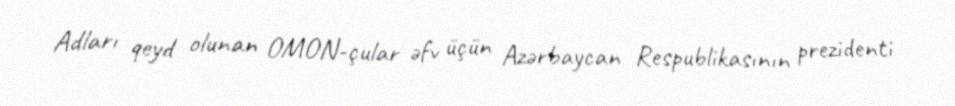
Adları qeyd olunan OMON-çular əfv üçün Azərbaycan Respublikasının prezidenti